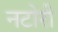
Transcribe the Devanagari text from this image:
नटोरी